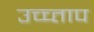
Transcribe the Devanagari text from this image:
उच्च्ताप